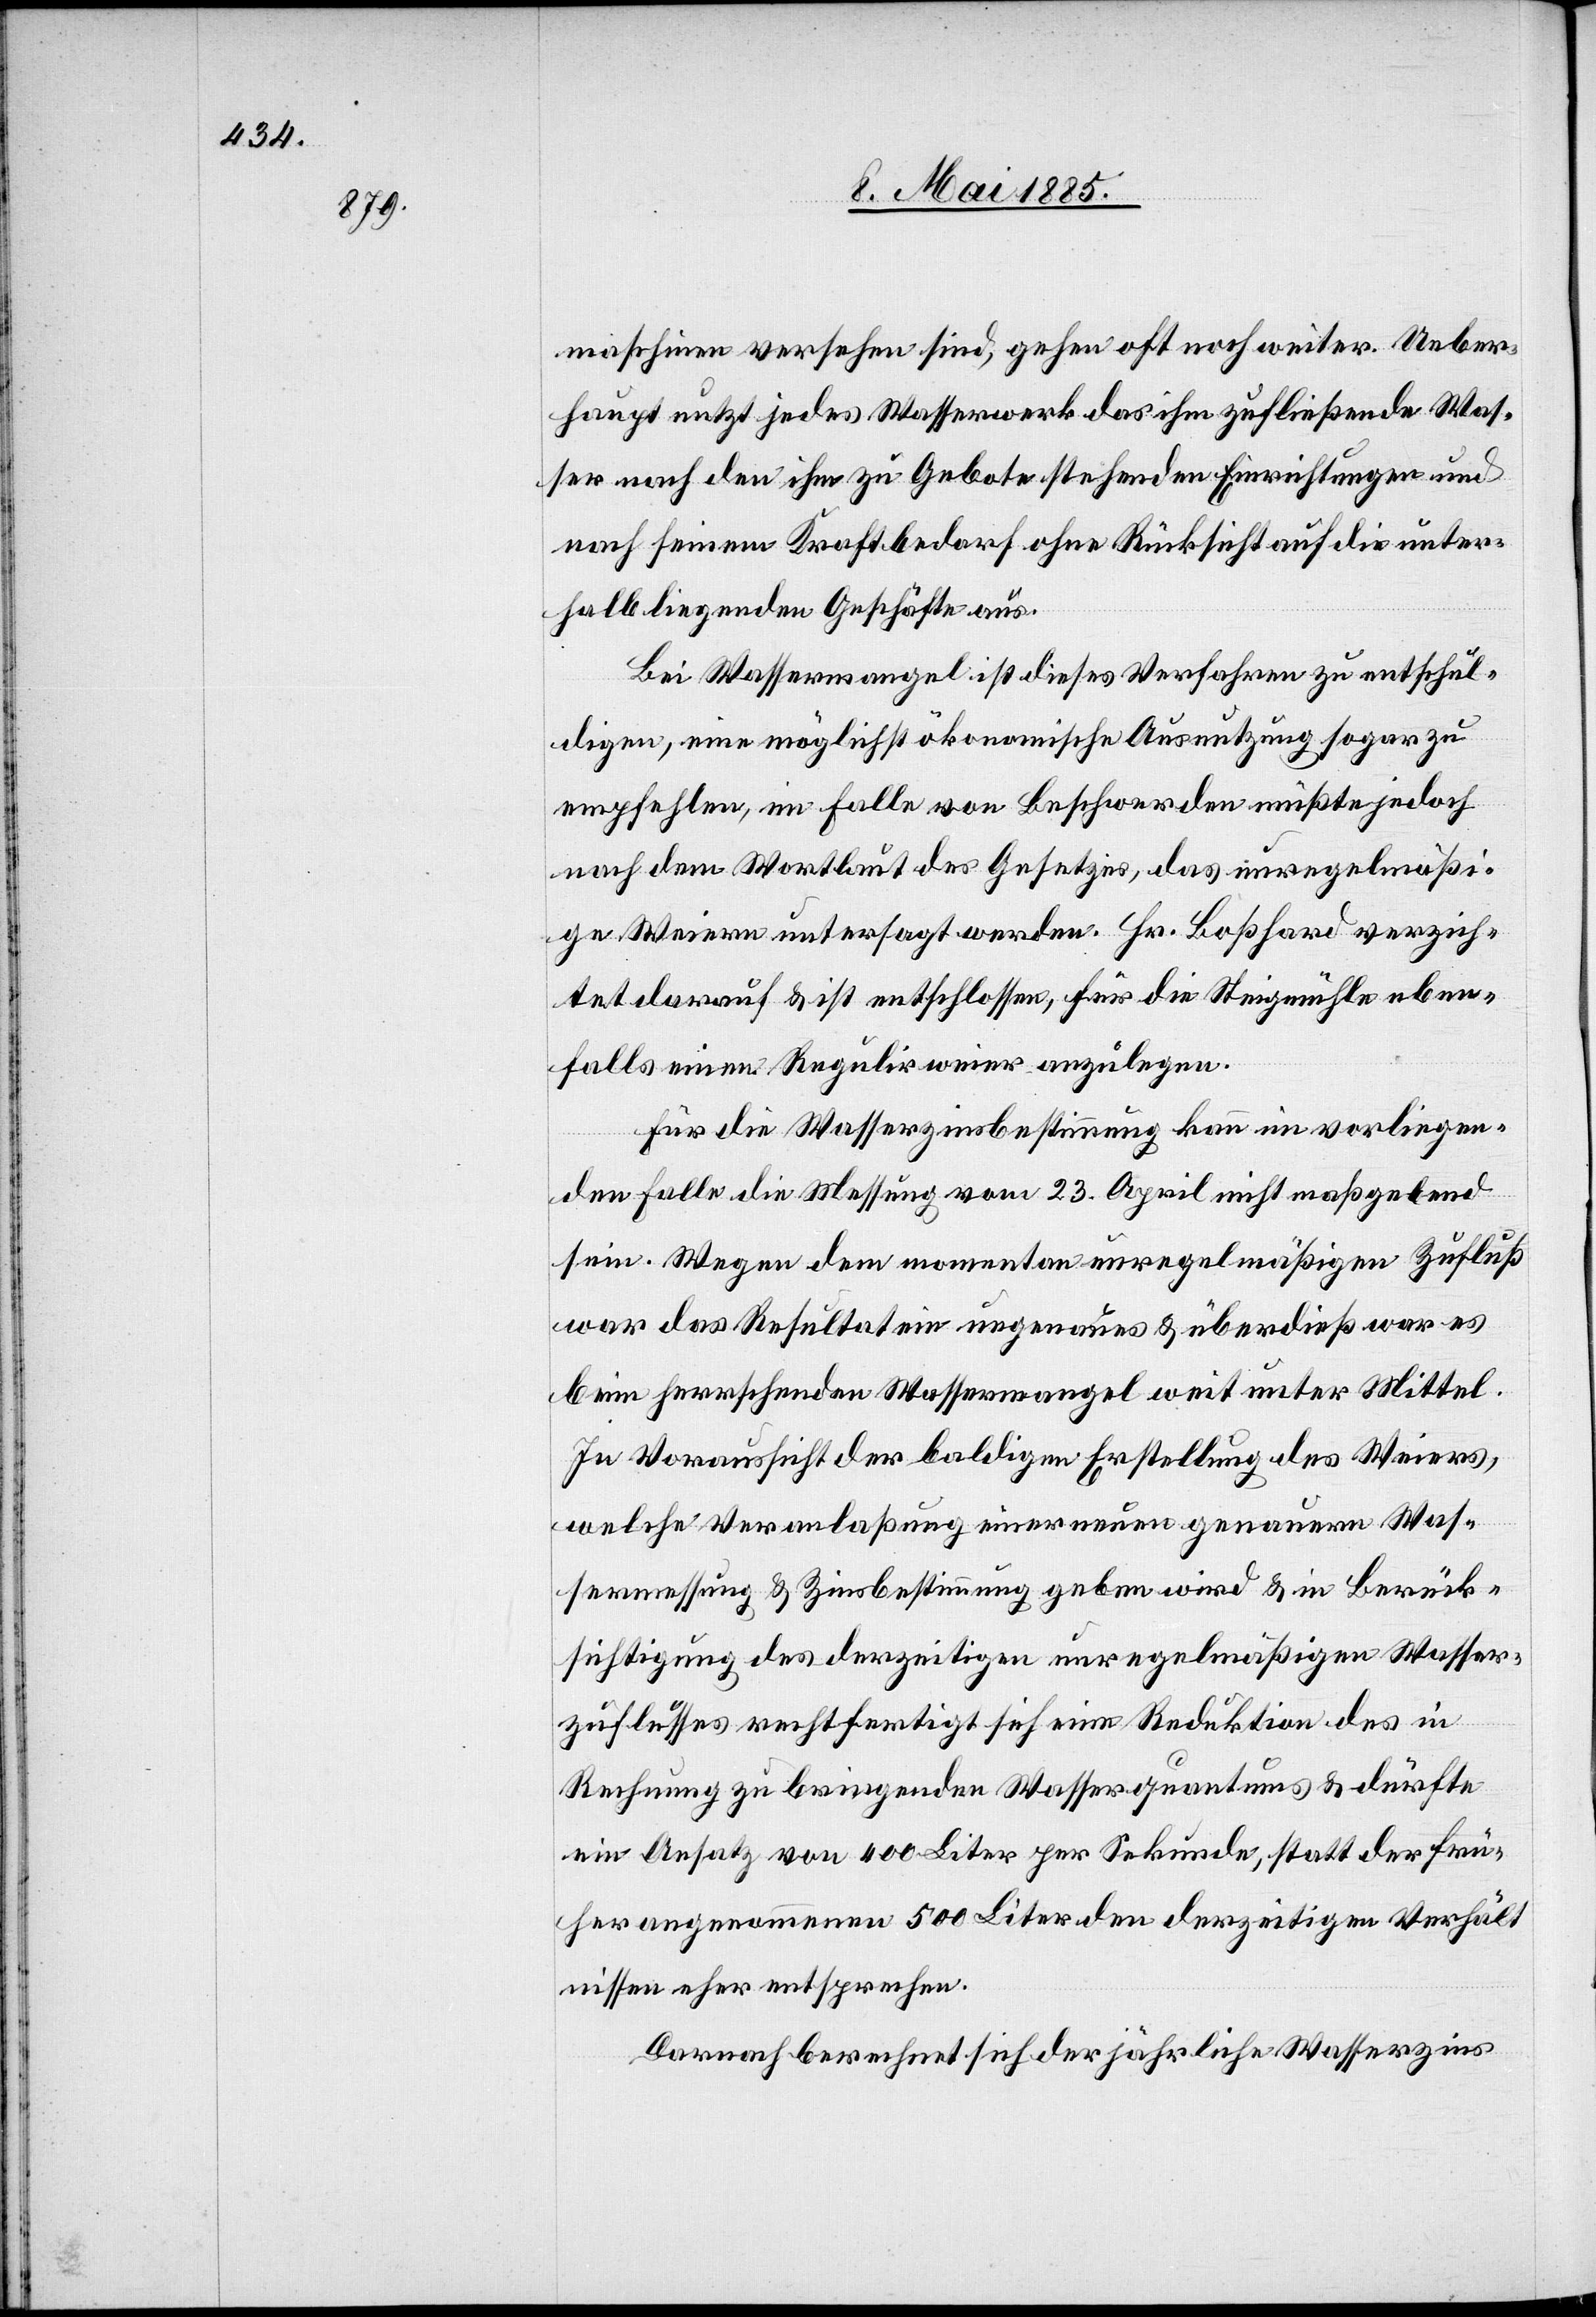
maschinen versehen sind, gehen oft noch weiter. Ueber¬
haupt nutzt jedes Wasserwerk das ihm zufließende Was¬
ser nach den ihm zu Gebote stehenden Einrichtungen und
nach seinem Kraftbedarf ohne Rücksicht auf die unter¬
halb liegenden Geschäfte aus.
Bei Wassermangel ist dieses Verfahren zu entschul¬
digen, eine möglichst ökonomische Ausnutzung sogar zu
empfehlen, im Falle von Beschwerden müßte jedoch
nach dem Wortlaut des Gesetzes, das unregelmäßi¬
ge Weiern untersagt werden. Hr. Boßhard verzich¬
tet darauf & ist entschlossen, für die Steigmühle eben¬
falls einen Regulirweier anzulegen.
Für die Wasserzinsbestimmung kann im vorliegen¬
den Falle die Messung vom 23. April nicht maßgebend
sein. Wegen dem momentan unregelmäßigen Zufluß
war das Resultat ein ungenaues & überdieß war es
beim herrschenden Wassermangel weit unter Mittel.
In Voraussicht der baldigen Erstellung des Weiers,
welche Veranlaßung einer neuen genauern Was¬
sermessung & Zinsbestimmung geben wird & in Berück¬
sichtigung des derzeitigen unregelmäßigen Wasser¬
zuflusses rechtfertigt sich eine Reduktion des in
Rechnung zu bringenden Wasserquantums & dürfte
ein Ansatz von 400 Liter per Sekunde, statt der frü¬
her angenommenen 500 Liter den derzeitigen Verhält¬
nissen eher entsprechen.
Darnach berechnet sich der jährliche Wasserzins